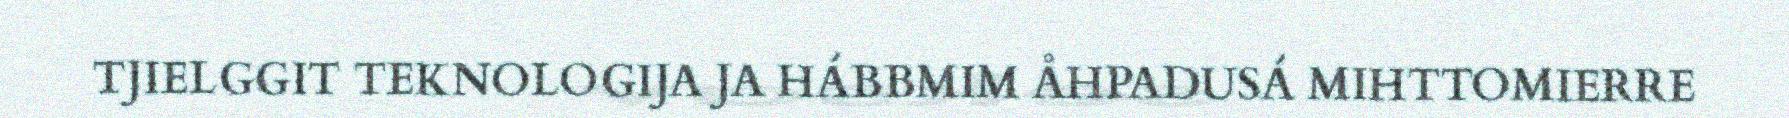
TJIELGGIT TEKNOLOGIJA JA HÁBBMIM ÅHPADUSÁ MIHTTOMIERRE